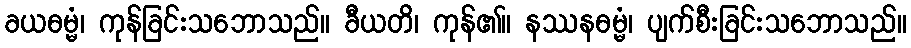
ခယဓမ္မံ၊ ကုန်ခြင်းသဘောသည်။ ခီယတိ၊ ကုန်၏။ နဿနဓမ္မံ၊ ပျက်စီးခြင်းသဘောသည်။